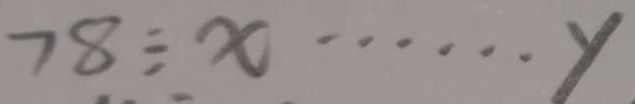
7 8 \div x \cdots y